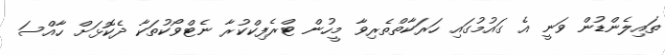
ތައިލެންޑުން ވަނީ އެ ގައުމުގައި ހަރަކާތްތެރިވާ މީހުން ޓްރެފިކްކުރާ ނެޓްވޯކުތަކާ ދެކޮޅަށް ހާއްސަ